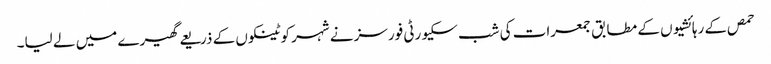
حمص کے رہائشیوں کے مطابق جمعرات کی شب سکیورٹی فورسز نے شہر کو ٹینکوں کے ذریعے گھیرے میں لے لیا۔